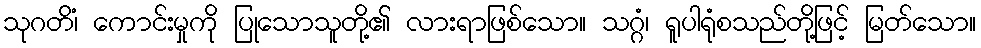
သုဂတိံ၊ ကောင်းမှုကို ပြုသောသူတို့၏ လားရာဖြစ်သော။ သဂ္ဂံ၊ ရူပါရုံစသည်တို့ဖြင့် မြတ်သော။